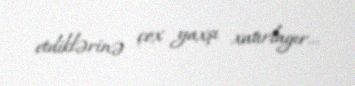
etdiklərinə çox yaxşı xatırlayır...